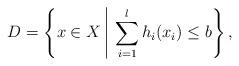
LaTeX: \begin{align*} D=\left\{x \in X \ \vrule \ \sum _{i=1}^{l} h_{i}(x_{i}) \leq b \right\},\end{align*}